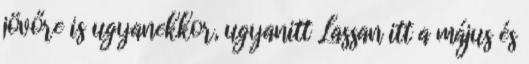
jövőre is ugyanekkor, ugyanitt Lassan itt a május és